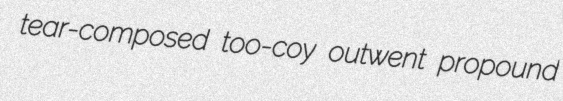
tear-composed too-coy outwent propound